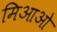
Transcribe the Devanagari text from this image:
मिआओ